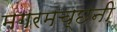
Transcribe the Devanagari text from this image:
मगरमच्छनी